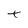
Character: t